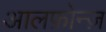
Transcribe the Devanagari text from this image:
आलफ़ोन्ज़